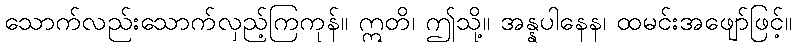
သောက်လည်းသောက်လှည့်ကြကုန်။ ဣတိ၊ ဤသို့။ အန္နပါနေန၊ ထမင်းအဖျော်ဖြင့်။